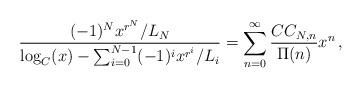
LaTeX: \begin{align*} \frac{(-1)^N x^{r^N}/L_N}{\log_C(x)-\sum_{i=0}^{N-1}(-1)^i x^{r^i}/L_i}=\sum_{n=0}^\infty\frac{CC_{N,n}}{\Pi(n)}x^n\,, \end{align*}